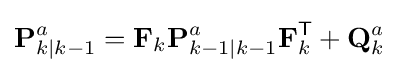
\mathbf {P} _{k\mid k-1}^{a}=\mathbf {F} _{k}\mathbf {P} _{k-1\mid k-1}^{a}\mathbf {F} _{k}^{\textsf {T}}+\mathbf {Q} _{k}^{a}